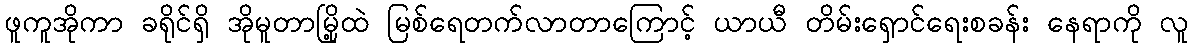
ဖူကူအိုကာ ခရိုင်ရှိ အိုမူတာမြို့ထဲ မြစ်ရေတက်လာတာကြောင့် ယာယီ တိမ်းရှောင်ရေးစခန်း နေရာကို လူ